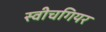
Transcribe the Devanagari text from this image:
स्वीचगियर